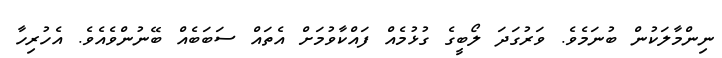
ނިންމާލަކުން ބުނަމެވެ. ވަރުގަދަ ލޯބީގެ ގުޅުމެއް ފައްކާވުމަށް އެތައް ސަބަބެއް ބޭނުންވެއެވެ. އެހުރިހާ